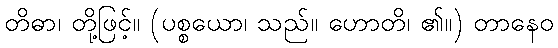
တိဓာ၊ တို့ဖြင့်။ (ပစ္စယော၊ သည်။ ဟောတိ၊ ၏။) တာနေဝ